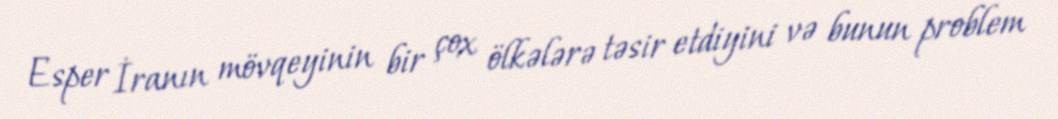
Esper İranın mövqeyinin bir çox ölkələrə təsir etdiyini və bunun problem